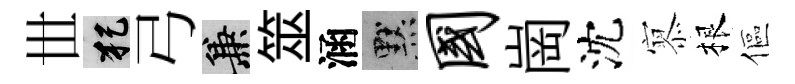
𠀍犯弓兼筮涵默国崗沈𡪹根傴